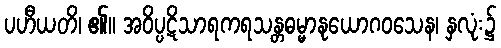
ပဟီယတိ၊ ၏။ အဝိပ္ပဋိသာရကရသန္တဓမ္မာနုယောဂဝသေန၊ နှလုံး၌